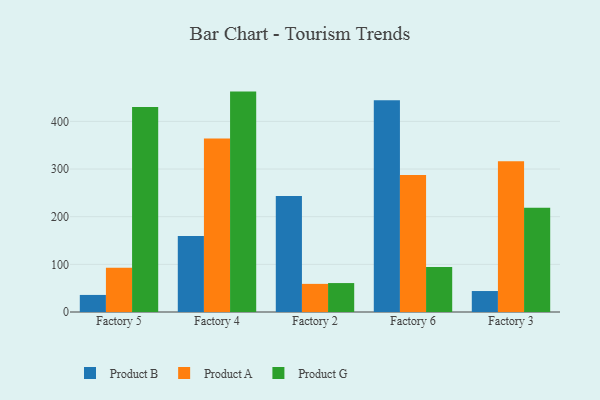
{"axis": {"x": "Factory", "y": "Waste Production (Tons)"}, "legend": ["Product A", "Product B", "Product G"], "data": [{"x": "Factory 5", "y": 35.8, "type": "Product B"}, {"x": "Factory 5", "y": 92.7, "type": "Product A"}, {"x": "Factory 5", "y": 430.2, "type": "Product G"}, {"x": "Factory 4", "y": 159.6, "type": "Product B"}, {"x": "Factory 4", "y": 364.1, "type": "Product A"}, {"x": "Factory 4", "y": 462.5, "type": "Product G"}, {"x": "Factory 2", "y": 243.6, "type": "Product B"}, {"x": "Factory 2", "y": 59.0, "type": "Product A"}, {"x": "Factory 2", "y": 60.7, "type": "Product G"}, {"x": "Factory 6", "y": 444.6, "type": "Product B"}, {"x": "Factory 6", "y": 287.7, "type": "Product A"}, {"x": "Factory 6", "y": 94.2, "type": "Product G"}, {"x": "Factory 3", "y": 44.0, "type": "Product B"}, {"x": "Factory 3", "y": 316.2, "type": "Product A"}, {"x": "Factory 3", "y": 218.6, "type": "Product G"}]}